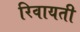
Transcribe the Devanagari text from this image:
रिवायती